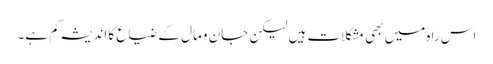
اس راہ میں بھی مشکلات ہیں لیکن جان ومال کے ضیاع کا اندیشہ کم ہے۔